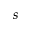
s